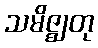
သမိဇ္ဈတု